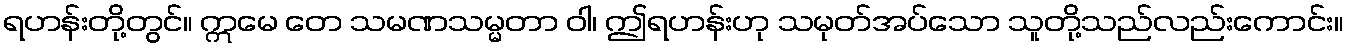
ရဟန်းတို့တွင်။ ဣမေ တေ သမဏသမ္မတာ ဝါ၊ ဤရဟန်းဟု သမုတ်အပ်သော သူတို့သည်လည်းကောင်း။